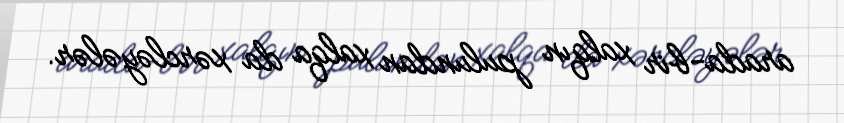
arada-bir xalqın pulundan xalqa da xərcləyələr.